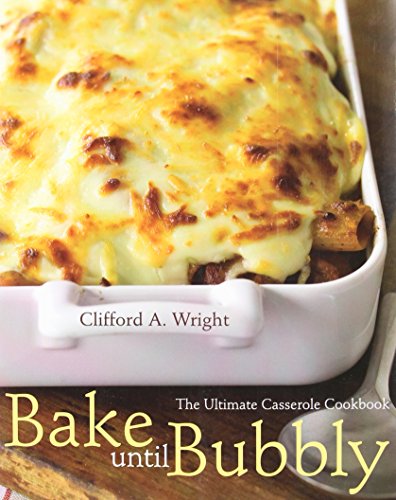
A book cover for Bake Until Bubbly: The Ultimate Casserole Cookbook; Clifford A. Wright; Cookbooks, Food & Wine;